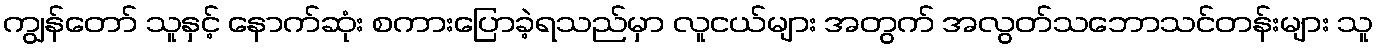
ကျွန်တော် သူနှင့် နောက်ဆုံး စကားပြောခဲ့ရသည်မှာ လူငယ်များ အတွက် အလွတ်သဘောသင်တန်းများ သူ